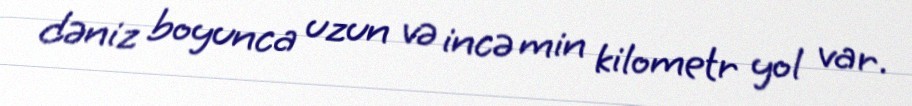
dəniz boyunca uzun və incə min kilometr yol var.